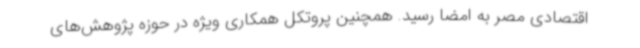
اقتصادی مصر به امضا رسید. همچنین پروتکل همکاری ویژه در حوزه پژوهش‌های